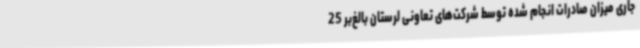
جاری میزان صادرات انجام شده توسط شرکت‌های تعاونی لرستان بالغ‌بر 25